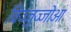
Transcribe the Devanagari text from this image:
विज्जुज्जोओ